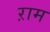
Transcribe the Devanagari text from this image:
ऱाम